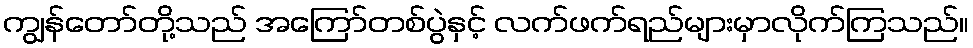
ကျွန်တော်တို့သည် အကြော်တစ်ပွဲနှင့် လက်ဖက်ရည်များမှာလိုက်ကြသည်။